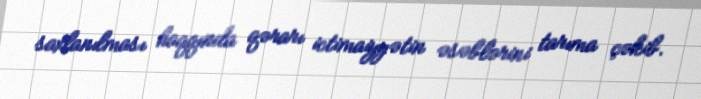
saxlanılması haqqında qərarı ictimaiyyətin əsəblərini tarıma çəkib.